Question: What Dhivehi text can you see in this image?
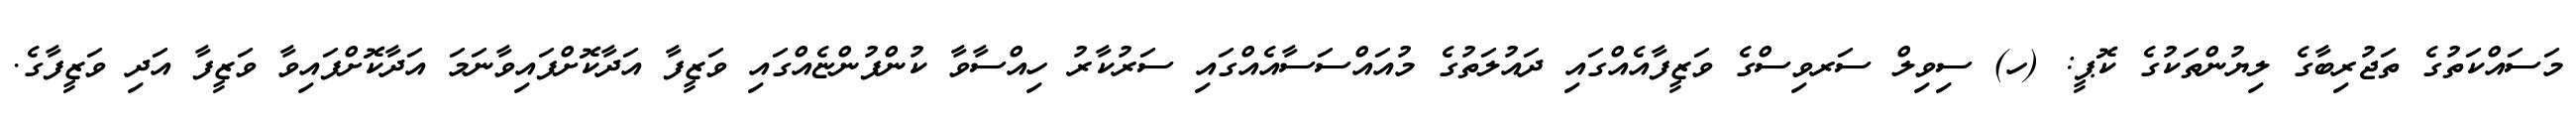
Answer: މަސައްކަތުގެ ތަޖުރިބާގެ ލިޔުންތަކުގެ ކޮޕީ: (ހ) ސިވިލް ސަރވިސްގެ ވަޒީފާއެއްގައި ދައުލަތުގެ މުއައްސަސާއެއްގައި ސަރުކާރު ހިއްސާވާ ކުންފުންޏެއްގައި ވަޒީފާ އަދާކޮށްފައިވާނަމަ އަދާކޮށްފައިވާ ވަޒީފާ އަދި ވަޒީފާގެ.